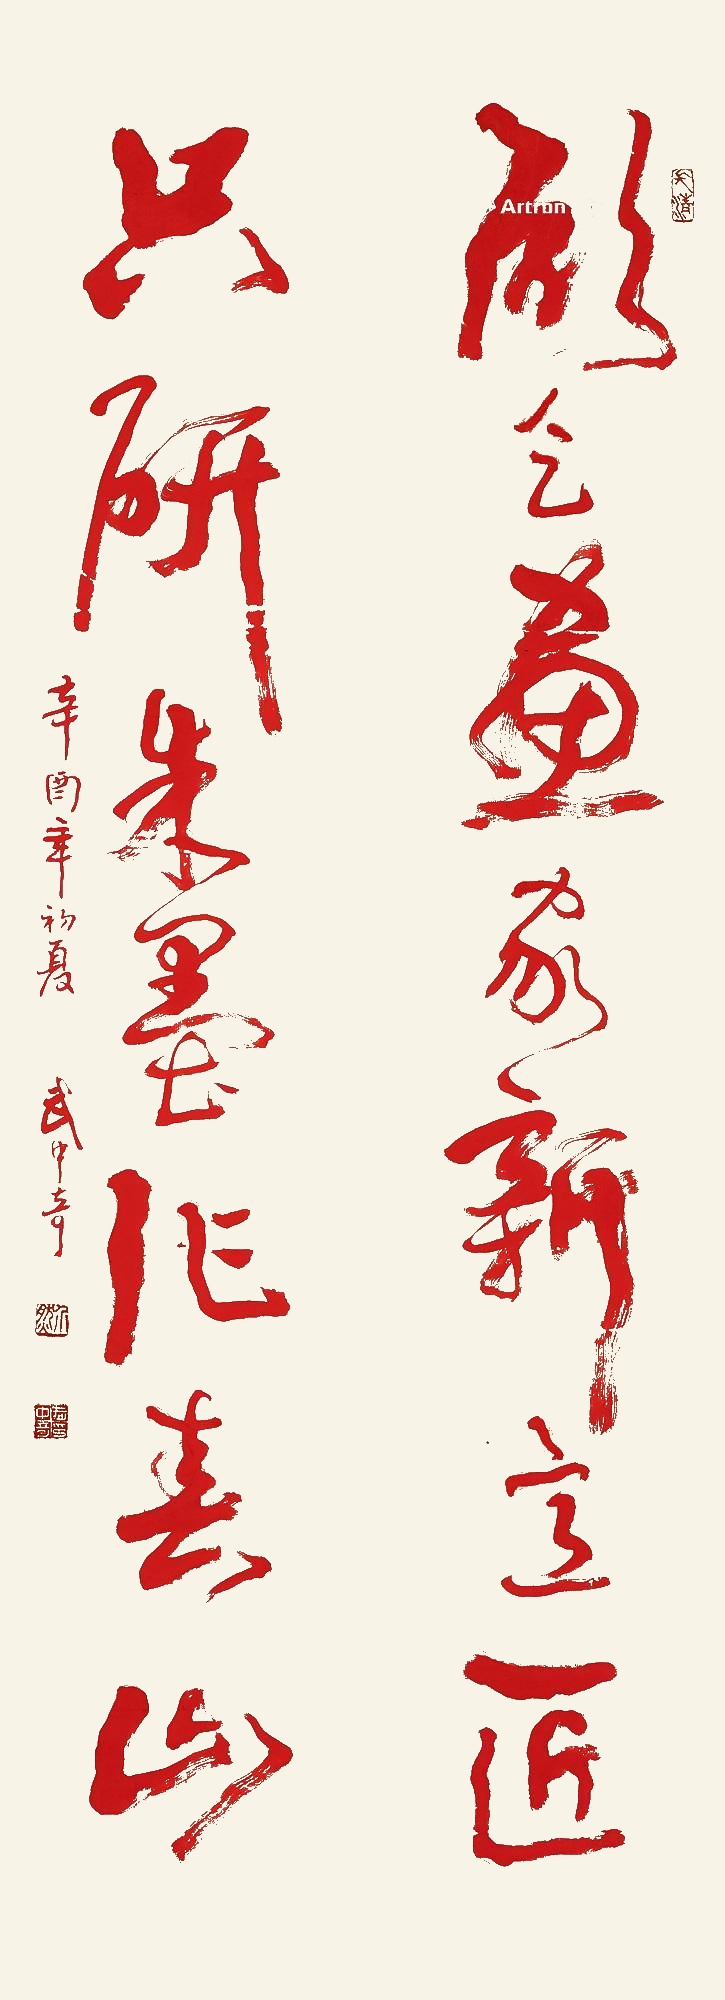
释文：愿乞画家新意匠，只研朱墨作春山。辛酉年初夏，武中奇。